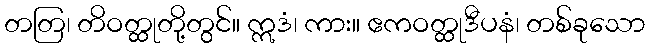
တတြ၊ တိဝတ္ထုတို့တွင်။ ဣဒံ၊ ကား။ ဧကဝတ္ထုဒီပနံ၊ တစ်ခုသော